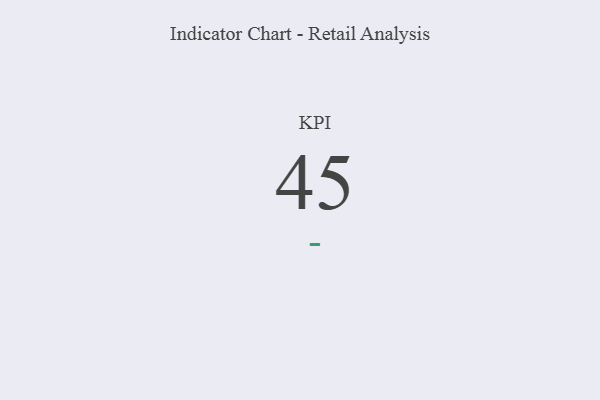
{"axis": {"x": "KPI", "y": "Value"}, "legend": [""], "data": [{"x": "KPI", "y": 45, "type": ""}]}